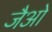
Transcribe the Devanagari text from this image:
जैओ